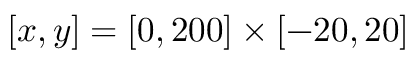
[ x , y ] = [ 0 , 2 0 0 ] \times [ - 2 0 , 2 0 ]